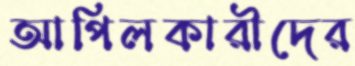
আপিলকারীদের